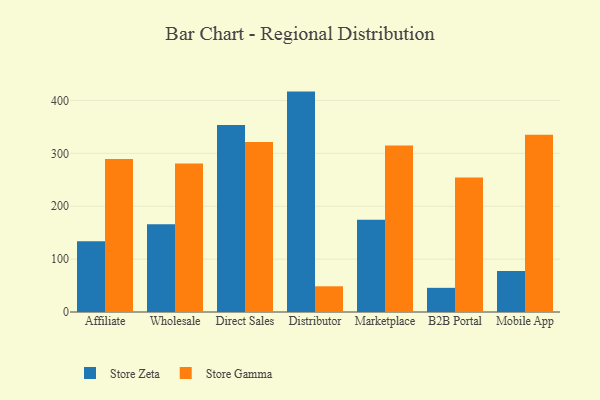
{"axis": {"x": "Channel", "y": "Bounce Rate (%)"}, "legend": ["Store Gamma", "Store Zeta"], "data": [{"x": "Affiliate", "y": 133.9, "type": "Store Zeta"}, {"x": "Affiliate", "y": 289.3, "type": "Store Gamma"}, {"x": "Wholesale", "y": 165.9, "type": "Store Zeta"}, {"x": "Wholesale", "y": 280.7, "type": "Store Gamma"}, {"x": "Direct Sales", "y": 353.7, "type": "Store Zeta"}, {"x": "Direct Sales", "y": 321.6, "type": "Store Gamma"}, {"x": "Distributor", "y": 416.8, "type": "Store Zeta"}, {"x": "Distributor", "y": 48.6, "type": "Store Gamma"}, {"x": "Marketplace", "y": 174.4, "type": "Store Zeta"}, {"x": "Marketplace", "y": 315.0, "type": "Store Gamma"}, {"x": "B2B Portal", "y": 45.7, "type": "Store Zeta"}, {"x": "B2B Portal", "y": 254.5, "type": "Store Gamma"}, {"x": "Mobile App", "y": 77.5, "type": "Store Zeta"}, {"x": "Mobile App", "y": 335.2, "type": "Store Gamma"}]}